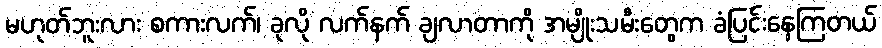
မဟုတ်ဘူးလား စကားလက်၊ ခုလို လက်နက် ချလာတာကို အမျိုးသမီးတွေက ခံပြင်းနေကြတယ်